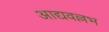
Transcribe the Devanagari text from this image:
आद्यवल्लभ